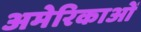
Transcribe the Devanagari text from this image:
अमेरिकाओं